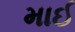
માઈ